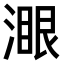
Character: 𣼹